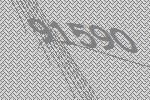
91590